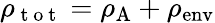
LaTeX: \rho_{\mathrm{~t~o~t~}}=\rho_{\mathrm{A}}+\rho_{\mathrm{env}}